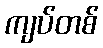
ကျပ်တစ်